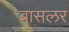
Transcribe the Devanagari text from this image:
बासलर